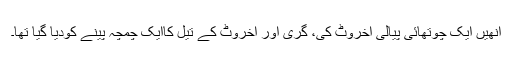
انھیں ایک چوتھائی پیالی اخروٹ کی، گری اور اخروٹ کے تیل کاایک چمچہ پینے کودیا گیا تھا۔